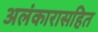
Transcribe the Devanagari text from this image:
अलंकारासहित